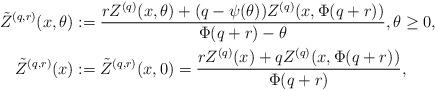
LaTeX: \begin{align*} \tilde{Z}^{(q,r)}(x,\theta ) &:= \frac {rZ^{(q)}(x,\theta )+(q-\psi(\theta ))Z^{(q)}(x,\Phi(q+r))} {\Phi(q+r) - \theta}, \theta \geq 0, \\\tilde{Z}^{(q,r)}(x)&:=\tilde{Z}^{(q,r)}(x, 0) = \frac {rZ^{(q)}(x)+qZ^{(q)}(x,\Phi(q+r))} {\Phi(q+r)},\end{align*}